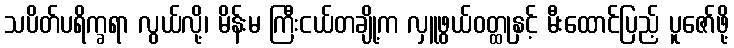
သပိတ်ပရိက္ခရာ လွယ်လို့၊ မိန်းမ ကြီးငယ်တချို့က လှူဖွယ်ဝတ္ထုနှင့် မီးထောင်ပြည့် ပူဇော်ဖို့